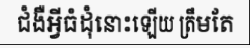
ជំងឺអ្វីធំដុំនោះឡើយ ត្រឹមតែ